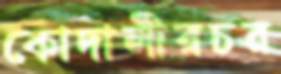
কোদালীরচর